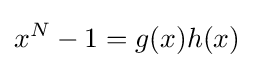
x^{N}-1=g(x)h(x)